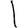
Digit: 1